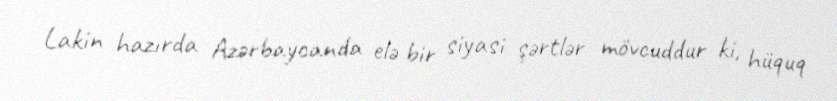
Lakin hazırda Azərbaycanda elə bir siyasi şərtlər mövcuddur ki, hüquq